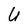
Character: U